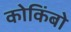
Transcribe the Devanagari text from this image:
कोकिंबो